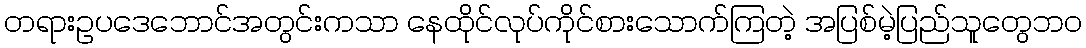
တရားဥပဒေဘောင်အတွင်းကသာ နေထိုင်လုပ်ကိုင်စားသောက်ကြတဲ့ အပြစ်မဲ့ပြည်သူတွေဘဝ